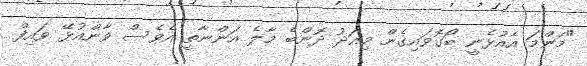
"މަންމަ އެއުޅެނީ ބޯގޮވައިގެން މިއަދު ދޮންބެ މާލެ އަންނާތީ އެވެސް ވާންއުޅޭ ވައިފް